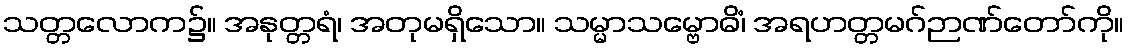
သတ္တလောက၌။ အနုတ္တရံ၊ အတုမရှိသော။ သမ္မာသမ္ဗောဓိံ၊ အရဟတ္တမဂ်ဉာဏ်တော်ကို။